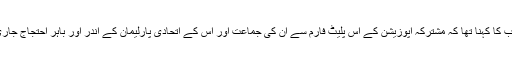
مریم اورنگزیب کا کہنا تھا کہ مشترکہ اپوزیشن کے اس پلیٹ فارم سے ان کی جماعت اور اس کے اتحادی پارلیمان کے اندر اور باہر احتجاج جاری رکھیں گے۔